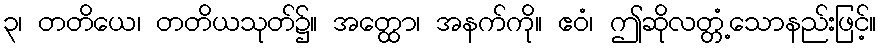
၃၊ တတိယေ၊ တတိယသုတ်၌။ အတ္ထော၊ အနက်ကို။ ဧဝံ၊ ဤဆိုလတ္တံ့သောနည်းဖြင့်။